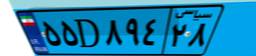
۲۴D۶۱۵۱۶